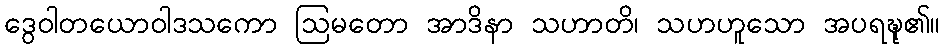
ဒွေဝါတယောဝါဒသကော ဩမတော အာဒိနာ သဟာတိ၊ သဟဟူသော အပရဍ္ဎု၏။